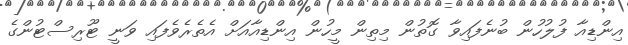
އިންޑިއާ ފުލުހުން ބުނެފައިވާ ގޮތުން މިތިން މީހުން އިންޑިއާއަށް އެތެރެވެފައި ވަނީ ޓޫރިސްޓުންގެ